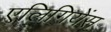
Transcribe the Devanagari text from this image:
एलिगियेंस